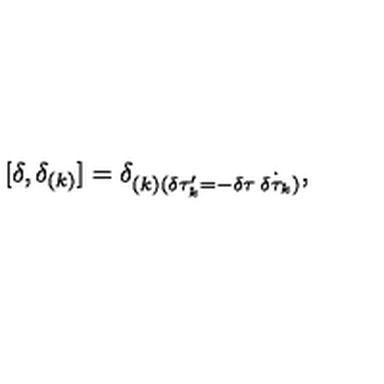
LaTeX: [ \delta , \delta _ { ( k ) } ] = \delta _ { ( k ) ( \delta \tau _ { k } ^ { \prime } = - \delta \tau \: \dot { \delta \tau _ { k } } ) } ,